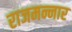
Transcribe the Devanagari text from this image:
राजमन्नार